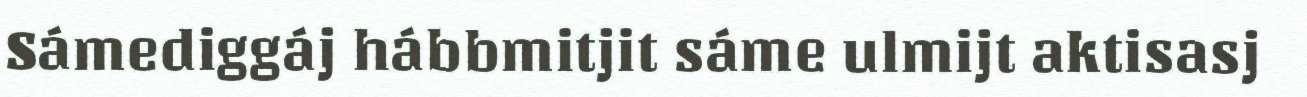
Sámediggáj hábbmitjit sáme ulmijt aktisasj